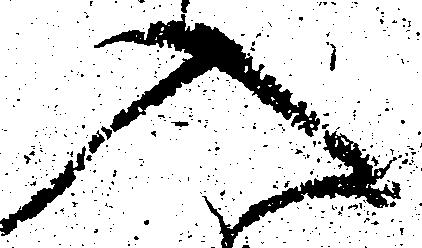
入